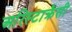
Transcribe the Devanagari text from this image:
अरिस्टाक्रैसी